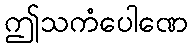
ဤသကံပေါဏေ